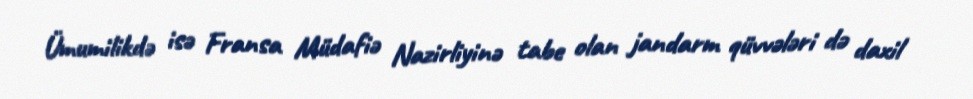
Ümumilikdə isə Fransa Müdafiə Nazirliyinə tabe olan jandarm qüvvələri də daxil